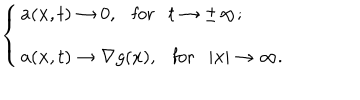
\left\{ \begin{array} { l } { { { \bf a } ( { \bf x } , t ) \rightarrow 0 , \mathrm { f o r } t \rightarrow \pm \infty ; } } \\ { { { \bf a } ( { \bf x } , t ) \rightarrow { \bf \nabla } g ( x ) , \mathrm { f o r } | { \bf x } | \rightarrow \infty . } } \\ \end{array} \right.